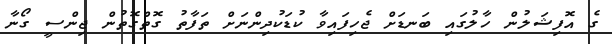
ގެ އޮފިޝަލުން ހާލުގައި ބަނޑަށް ޖެހިފައިވާ ކުޑަކުދިންނަށް ތަފާތު ގޮތްގޮތުން ޖިންސީ ގޯނާ